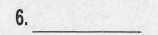
6.___